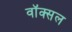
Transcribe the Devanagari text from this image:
वॉक्‍सल